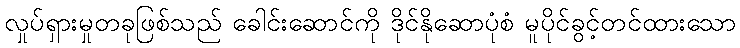
လှုပ်ရှားမှုတခုဖြစ်သည် ခေါင်းဆောင်ကို ဒိုင်နိုဆောပုံစံ မူပိုင်ခွင့်တင်ထားသော